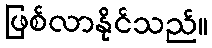
ဖြစ်လာနိုင်သည်။